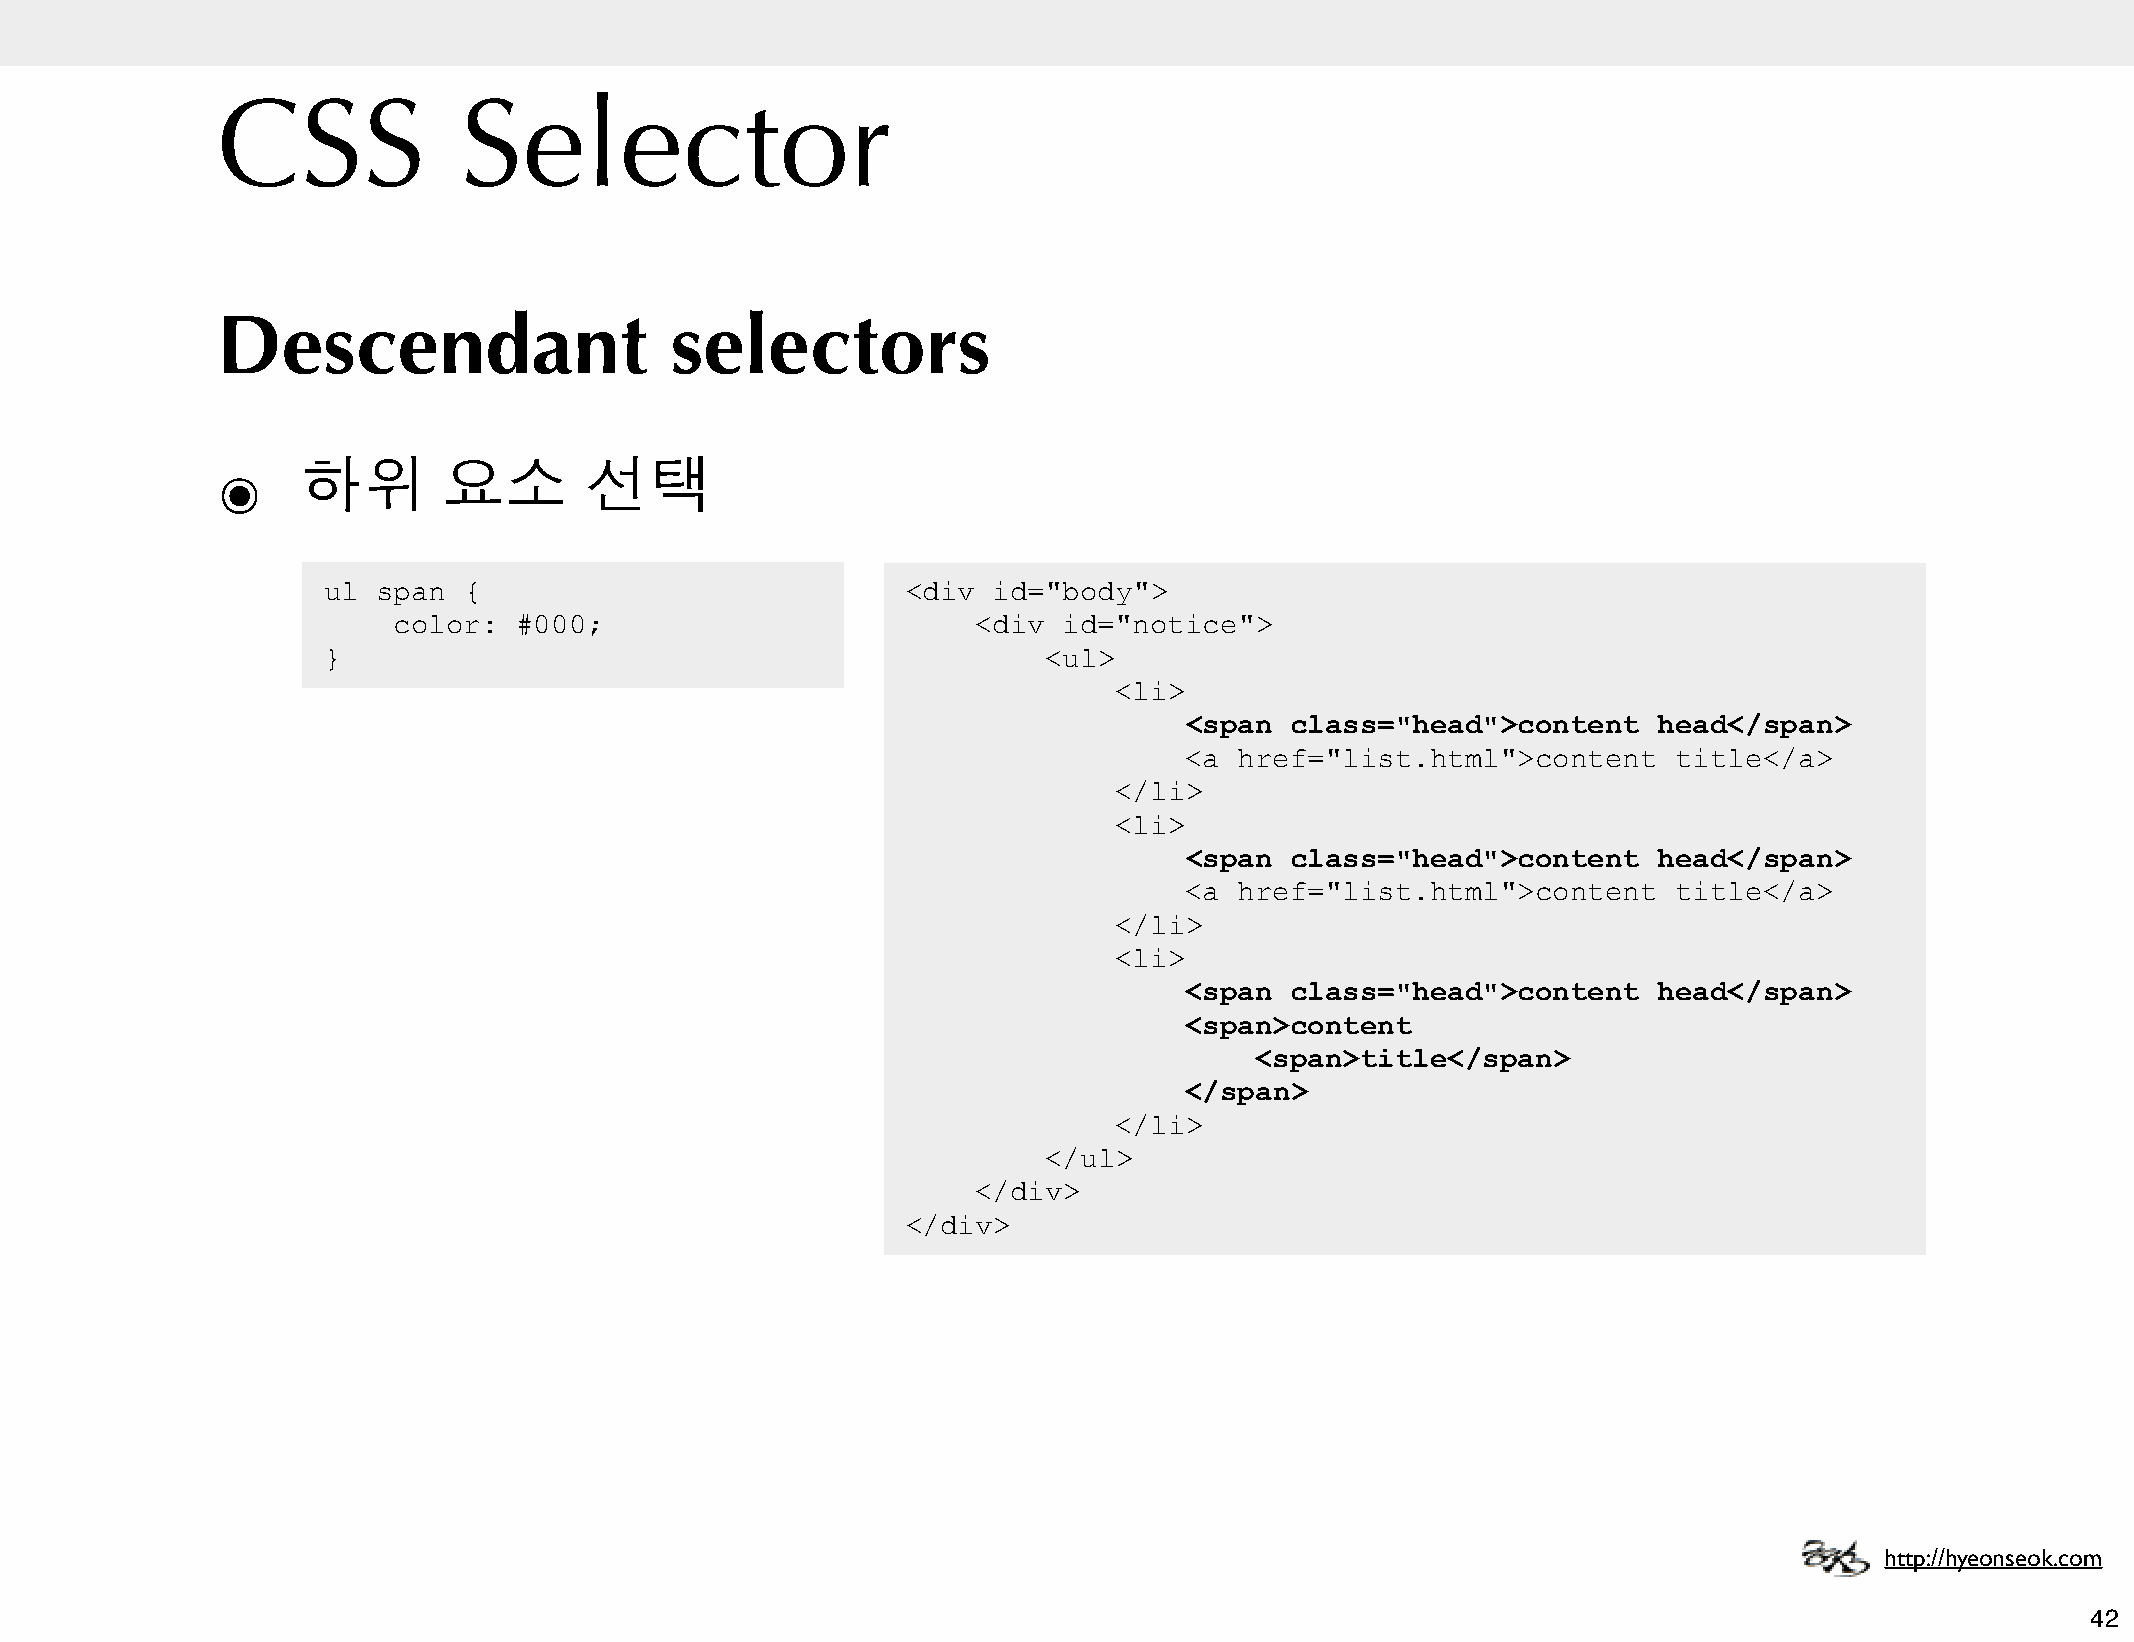
CSS             Selector
 Descendant                    selectors
 ๏     하위       요소        선택
 ul  span  {                            <div  id="body">
 color:  #000;                          <div id="notice">
 }                                               <ul>
 <li>
 <span  class="head">content     head</span>
 <a  href="list.html">content     title</a>
 </li>
 <li>
 <span  class="head">content     head</span>
 <a  href="list.html">content     title</a>
 </li>
 <li>
 <span  class="head">content     head</span>
 <span>content
 <span>title</span>
 </span>
 </li>
 </ul>
 </div>
 </div>
 http://hyeonseok.com
 42